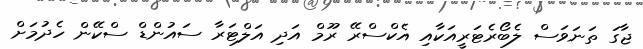
ޖާގަ ތަނަވަސް ލެބޯރެޓަރީއަކާއި އެކްސްރޭ ރޫމް އަދި އަލްޓަރާ ސައުންޑް ސްކޭން ހެދުމަށް